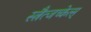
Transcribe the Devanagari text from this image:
स्त्रैत्जच्केत्स्